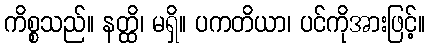
ကိစ္စသည်။ နတ္ထိ၊ မရှိ။ ပကတိယာ၊ ပင်ကိုအားဖြင့်။